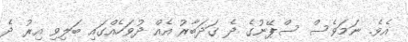
އެވެ. ނަމަވެސް ސްޕޭނުގެ ދެ ގަދަބާރު އެއް ދުވަހެއްގައި ބަލިވި އިރު ދެ